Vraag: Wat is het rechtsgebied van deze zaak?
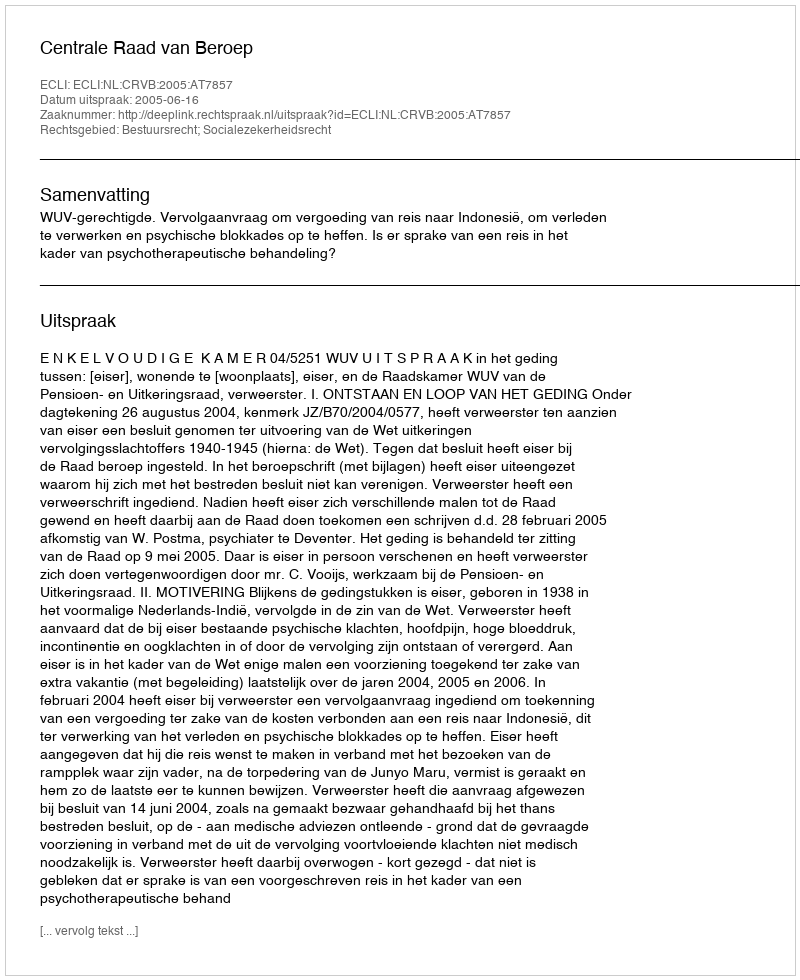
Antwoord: Bestuursrecht; Socialezekerheidsrecht